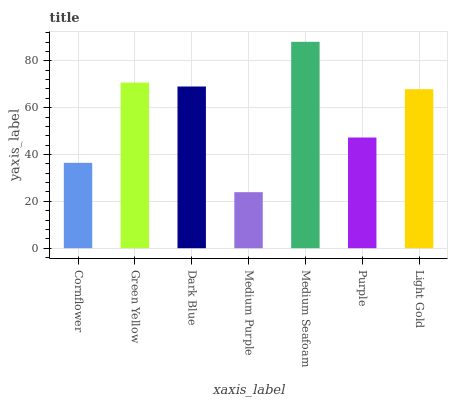
| xaxis_label | bars |
 | --- | --- |
 | Cornflower | 36.4 |
 | Green Yellow | 70.7 |
 | Dark Blue | 69 |
 | Medium Purple | 23.9 |
 | Medium Seafoam | 88.1 |
 | Purple | 47.2 |
 | Light Gold | 67.9 |